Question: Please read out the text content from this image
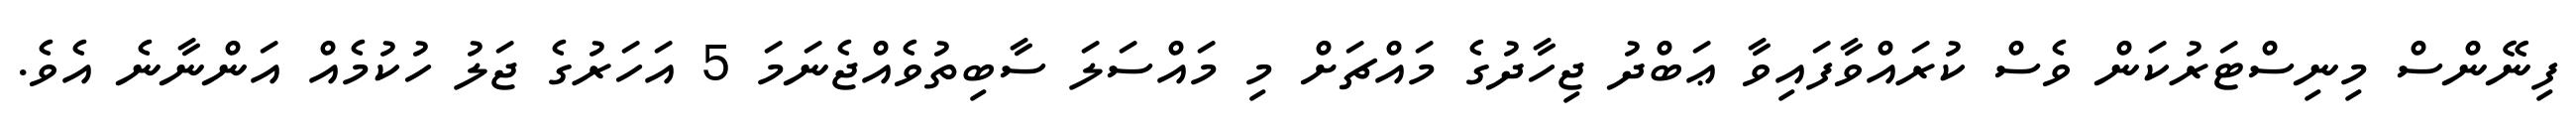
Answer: ފިނޭންސް މިނިސްޓަރުކަން ވެސް ކުރައްވާފައިވާ ޢަބްދު ޖިހާދުގެ މައްޗަށް މި މައްސަލަ ސާބިތުވެއްޖެނަމަ 5 އަހަރުގެ ޖަލު ހުކުމެއް އަންނާނެ އެވެ.